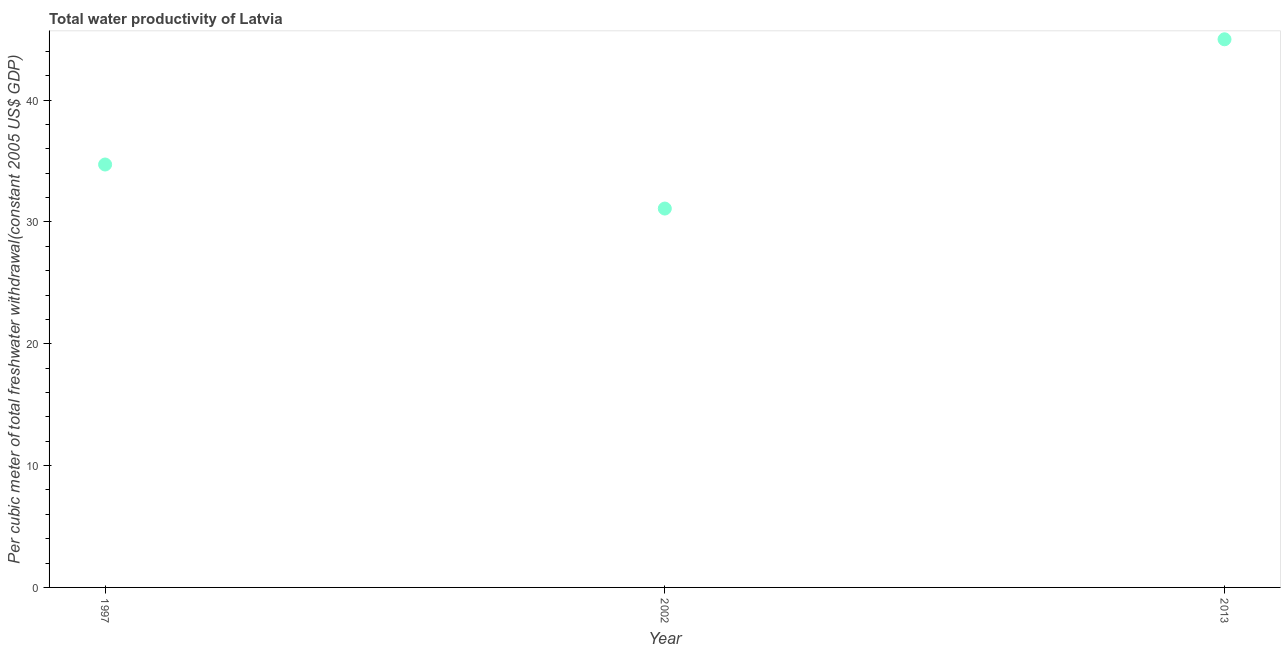
| Year | Water productivity |
 | --- | --- |
 | 1997 | 34.7 |
 | 2002 | 31.1 |
 | 2013 | 45 |